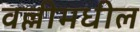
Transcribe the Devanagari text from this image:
वल्लीमधील